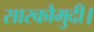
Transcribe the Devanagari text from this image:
सारकौमुदी।